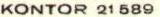
KONTOR 21 589